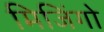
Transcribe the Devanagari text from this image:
मिजिंगो